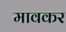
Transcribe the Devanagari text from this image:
मावकर